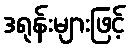
ဒရုန်းများဖြင့်